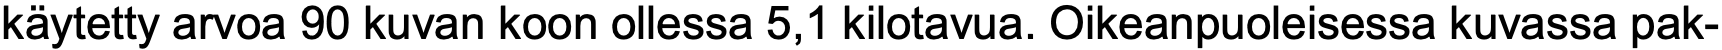
käytetty arvoa 90 kuvan koon ollessa 5,1 kilotavua. Oikeanpuoleisessa kuvassa pak-